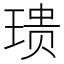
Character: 𪻺